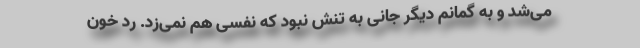
می‌شد و به گمانم دیگر جانی به تنش نبود که نفسی هم نمی‌زد. ردّ خون